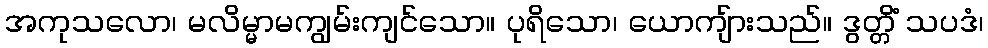
အကုသလော၊ မလိမ္မာမကျွမ်းကျင်သော။ ပုရိသော၊ ယောကျ်ားသည်။ ဒွတ္တိံ သပဒံ၊